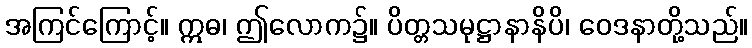
အကြင်ကြောင့်။ ဣဓ၊ ဤလောက၌။ ပိတ္တသမုဋ္ဌာနာနိပိ၊ ဝေဒနာတို့သည်။